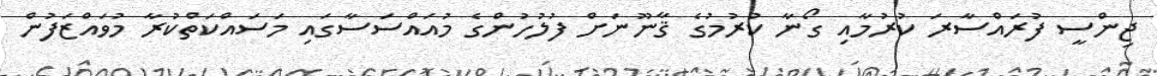
ޖިންސީ ފުރައްސާރަ ކުރުމާއި ގޯނާ ކުރުމުގެ ޤާނޫނަށް ފުލުހުންގެ މުއައްސަސާގައި މަސައްކަތްކުރާ މުވައްޒަފުން